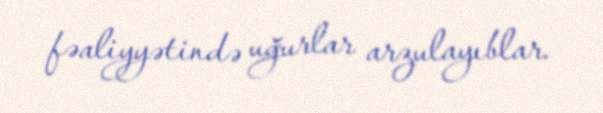
fəaliyyətində uğurlar arzulayıblar.